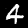
Digit: 4